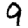
Digit: 9